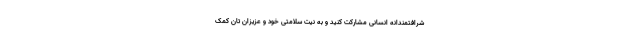
شرافتمندانه انسانی مشارکت کنید و به نیت سلامتی خود و عزیزان تان کمک